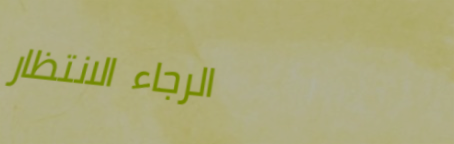
الرجاء الانتظار